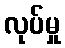
လုပ်မှု